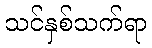
သင်နှစ်သက်ရာ